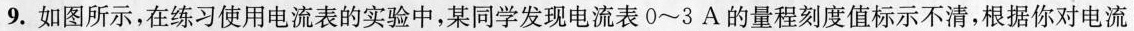
9.如图所示，在练习使用电流表的实验中，某同学发现电流表0~3A的量程刻度值标示不清，根据你对电流